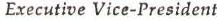
Executive Vice-President